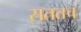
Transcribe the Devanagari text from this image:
सततच